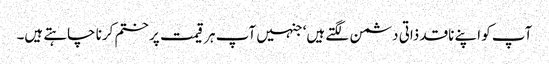
آپ کو اپنے ناقد ذاتی دشمن لگتے ہیں‘ جنہیں آپ ہر قیمت پر ختم کرنا چاہتے ہیں۔